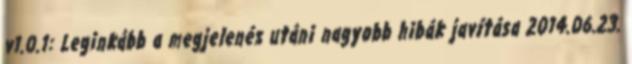
v1.0.1: Leginkább a megjelenés utáni nagyobb hibák javítása 2014.06.23.